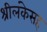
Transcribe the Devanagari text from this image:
श्रीलंकेसह